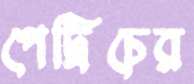
পেট্রিচের